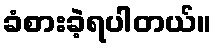
ခံစားခဲ့ရပါတယ်။